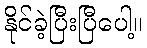
နိုင်ခဲ့ပြီးပြီပေါ့။